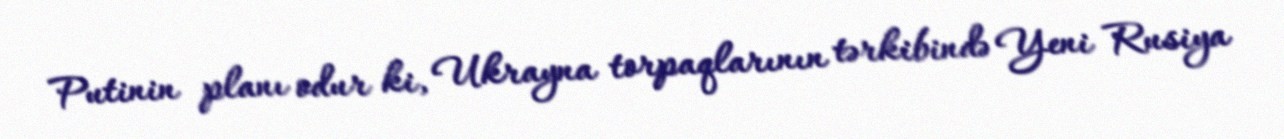
Putinin planı odur ki, Ukrayna torpaqlarının tərkibində Yeni Rusiya